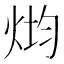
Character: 𰞢